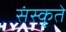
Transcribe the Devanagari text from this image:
संस्कृते